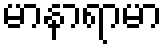
မာနာရာမာ